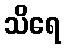
သိရေ